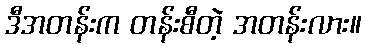
ဒီအတန်းက တန်းစီတဲ့ အတန်းလား။